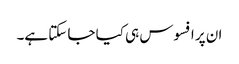
ان پر افسوس ہی کیا جا سکتا ہے۔